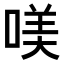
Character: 𠸍